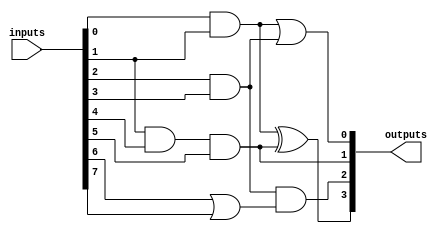
module JewelPAL (
    input wire [N-1:0] inputs,  // N input pins
    output wire [M-1:0] outputs  // M output pins
);
parameter N = 8; // Number of inputs
parameter M = 4; // Number of outputs
parameter AND_TERMS = 4; // Number of programmable AND gates

// Programmable AND gates
wire [AND_TERMS-1:0] and_outputs;

// Examples of programmable AND functions
assign and_outputs[0] = inputs[0] & inputs[1];               // AND gate 1
assign and_outputs[1] = inputs[2] & inputs[3];               // AND gate 2
assign and_outputs[2] = inputs[1] & inputs[4] & inputs[5];  // AND gate 3
assign and_outputs[3] = inputs[6] | inputs[7];               // AND gate 4 (OR operation for demonstration)

// Fixed OR gates
assign outputs[0] = and_outputs[0] | and_outputs[1]; // OR gate 1
assign outputs[1] = and_outputs[2];                    // OR gate 2 with a direct AND output
assign outputs[2] = and_outputs[1] & and_outputs[3];   // OR gate 3 (combination of AND outputs)
assign outputs[3] = and_outputs[0] ^ and_outputs[2];   // OR gate 4 (XOR operation for diversity)

endmodule